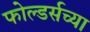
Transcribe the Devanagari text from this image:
फोल्डर्सच्या